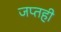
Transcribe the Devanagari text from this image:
जप्‍तही